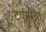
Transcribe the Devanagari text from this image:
टपर्‍यांचा